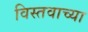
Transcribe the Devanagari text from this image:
विस्तवाच्या